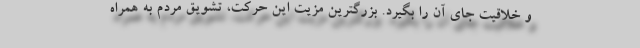
و خلاقیت جای آن را بگیرد. بزرگترین مزیت این حرکت، تشویق مردم به همراه